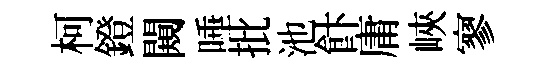
柯鐙闚唾批池飰庸峽寥